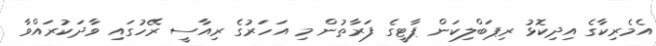
އެމެރިކާގެ އިދިކޮޅު ރިޕަބްލިކަން ޕާޓީގެ ފަރާތުން މި އަހަރުގެ ރިއާސީ ރޭހުގައި ވާދަކުރައްވާ